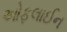
ઓફલાઈન